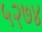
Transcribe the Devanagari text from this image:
५२७४